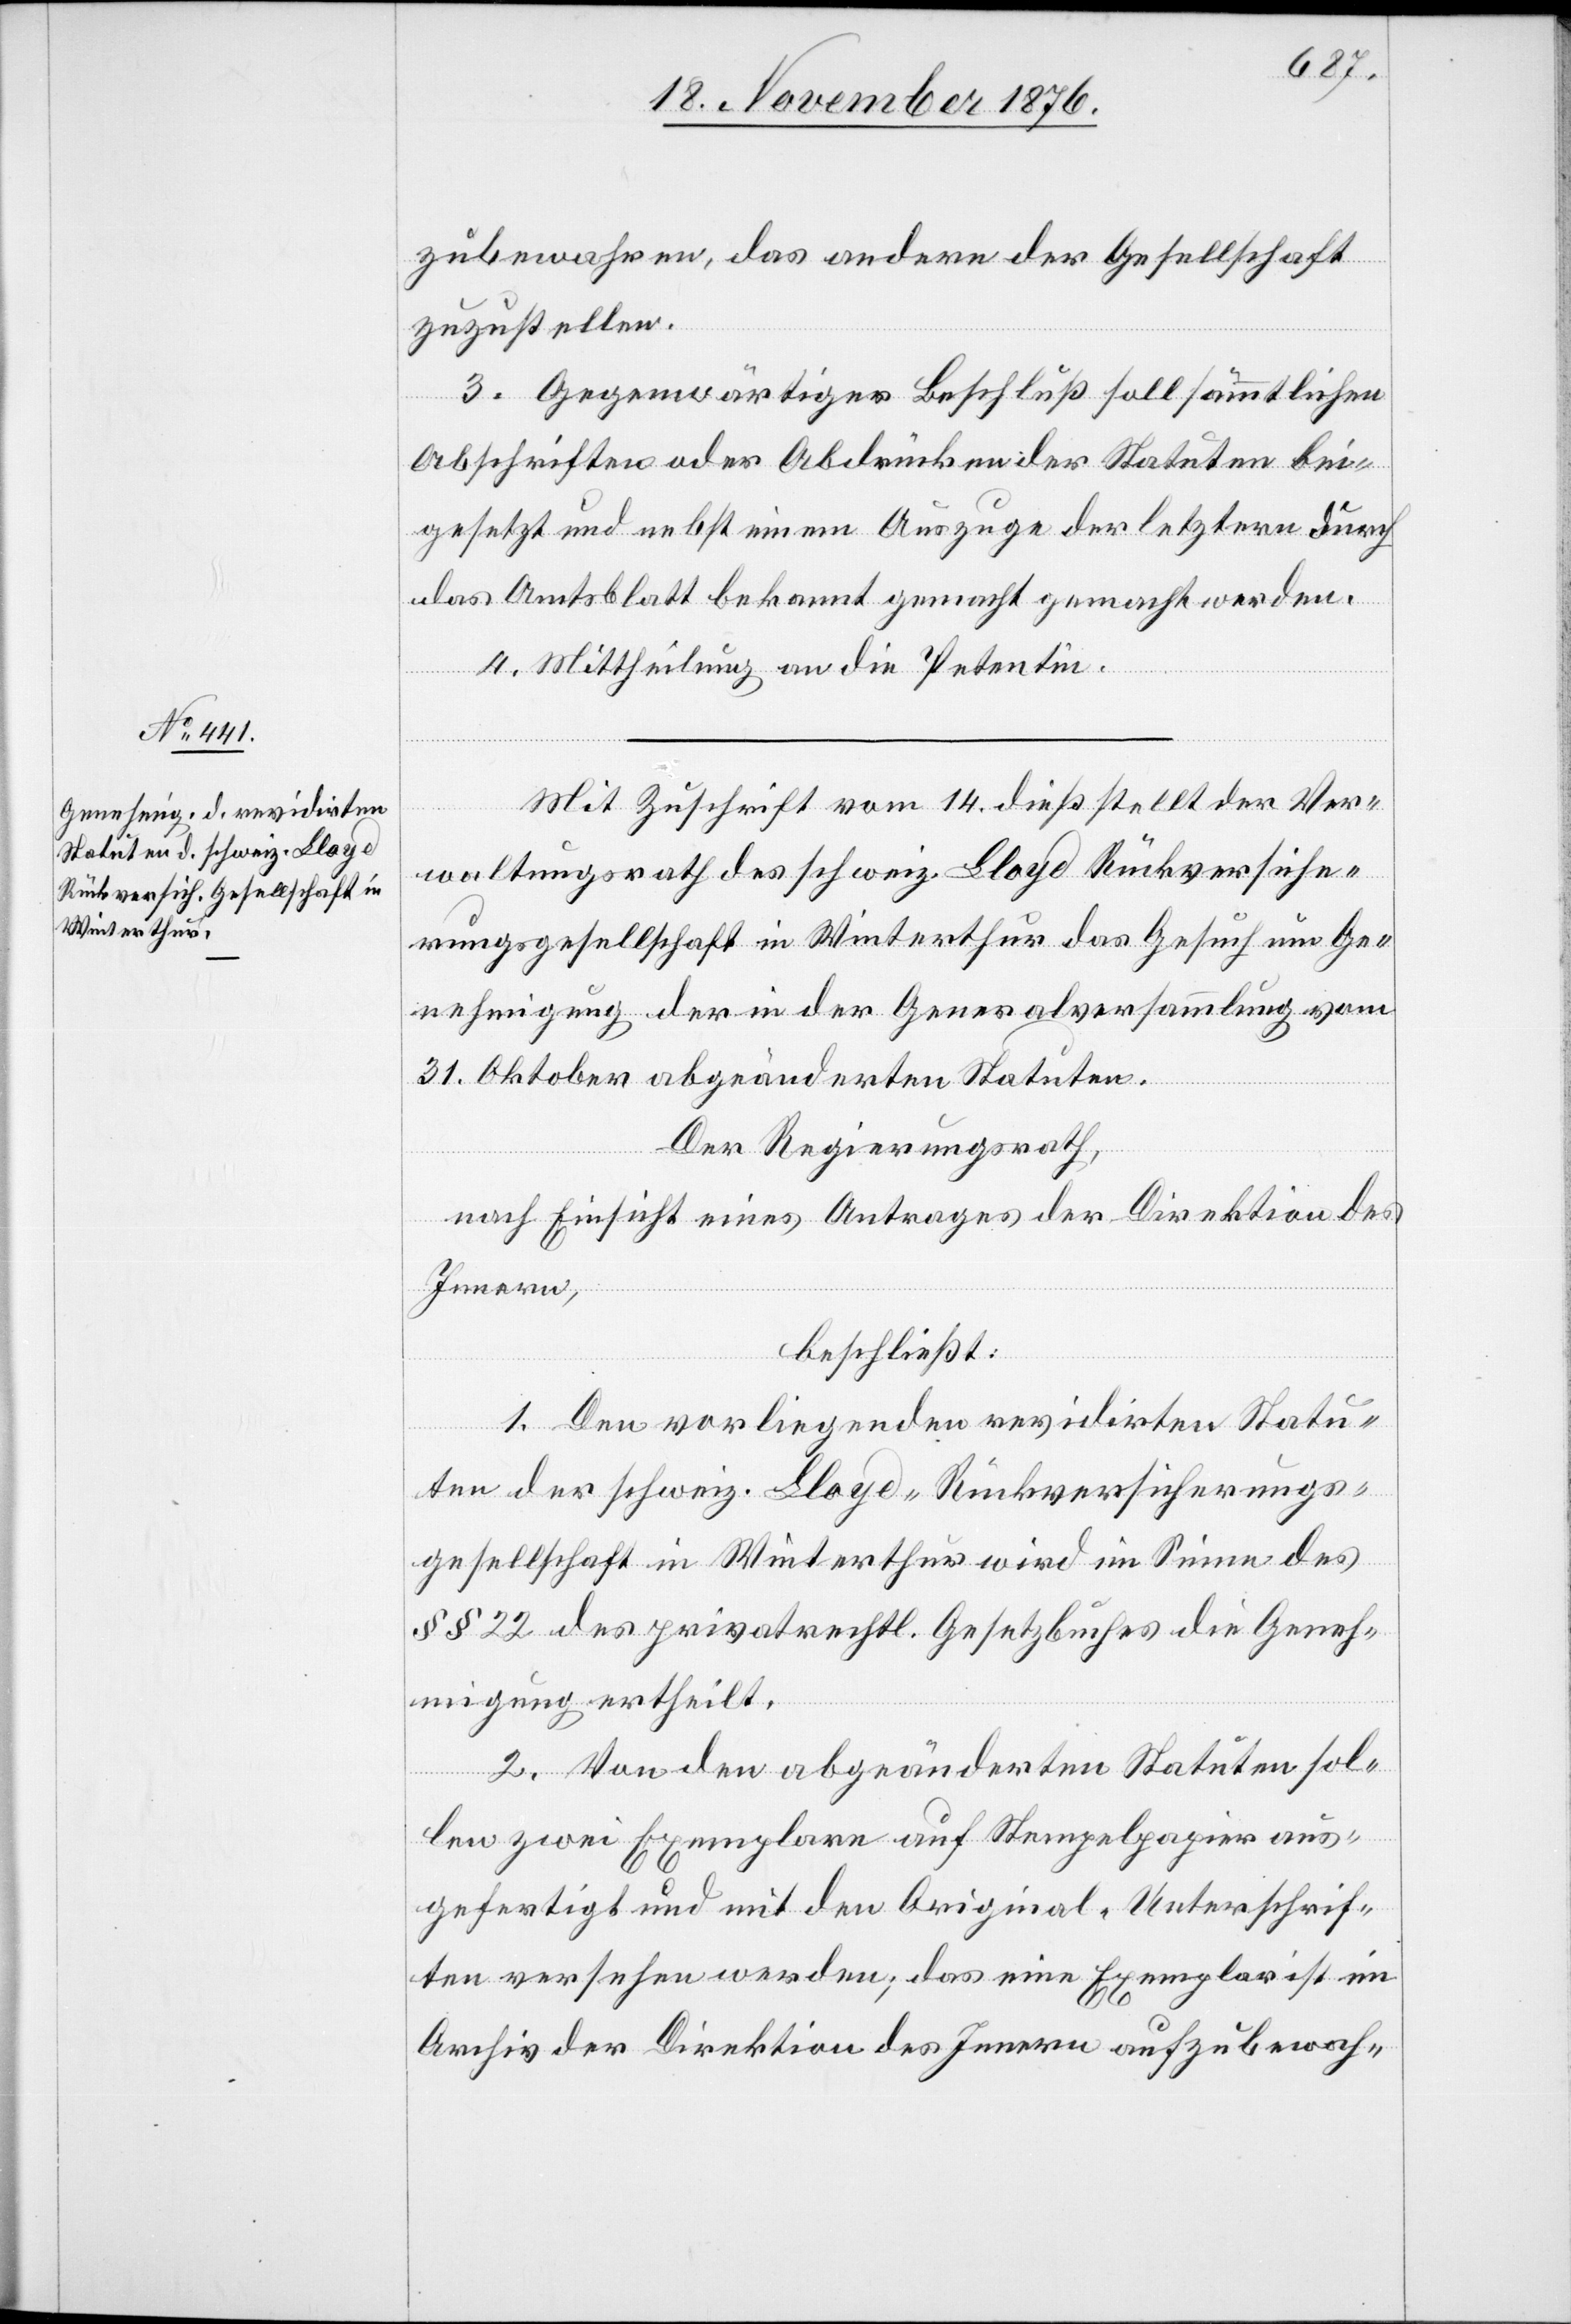
zubewahren, das andere der Gesellschaft
zuzustellen.
3. Gegenwärtiger Beschluß soll sämmtlichen
Abschriften oder Abdrücken der Statuten bei¬
gesetzt und bebst einem Auszuge der letztern durch
das Amtsblatt bekannt gemacht gemacht [sic!] werden.
4. Mittheilung an die Petentin.
Mit Zuschrift vom 14. dieß stellt der Ver¬
waltungsrath des schweiz. Lloyd Rückversiche¬
rungsgesellschaft in Winterthur das Gesuch um Ge¬
nehmigung der in der Generalversammlung vom
31. Oktober abgeänderten Statuten.
Der Regierungsrath,
nach Einsicht eines Antrages der Direktion des
Innern,
beschließt:
1. Den vorliegenden revidirten Statu¬
ten der schweiz. Lloyd-Rückversicherungs¬
gesellschaft in Winterthur wird im Sinne des
§§ 22 des privatrechtl. Gesetzbuches die Geneh¬
migung ertheilt.
2. Von den abgeänderten Statuten sol¬
len zwei Exemplare auf Stempelpapier aus¬
gefertigt und mit den Original-Unterschrif¬
ten versehen werden; das eine Exemplar ist im
Archiv der Direktion des Innern aufzubewah-